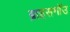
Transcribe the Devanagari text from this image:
ब्राइसगॉउ